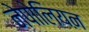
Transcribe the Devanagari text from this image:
नेपोलियऩ